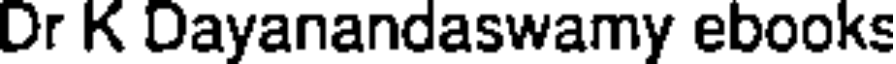
Dr K Dayanandaswamy ebooks